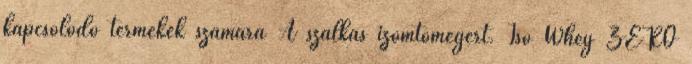
kapcsolódó termékek számára A szálkás izomtömegért. Iso Whey ZERO